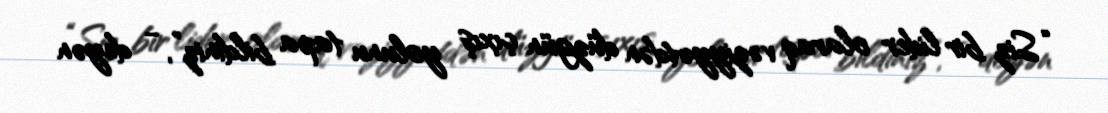
“Siz bir lider olaraq vəziyyətdən düzgün çıxış yolunu tapa bildiniz”, - deyən